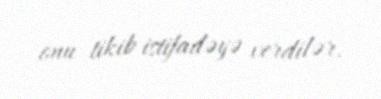
onu tikib istifadəyə verdilər.